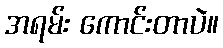
အရမ်း ကောင်းတာပဲ။